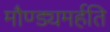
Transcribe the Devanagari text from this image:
मौण्ड्यमर्हति